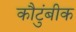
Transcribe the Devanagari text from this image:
कौटुंबीक